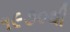
૧૯૭૦થી